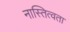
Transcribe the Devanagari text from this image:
नास्तित्वता